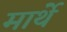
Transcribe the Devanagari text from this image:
मार्थे